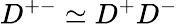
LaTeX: D^{+-}\simeq D^{+}D^{-}